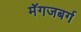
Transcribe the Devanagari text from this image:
मॅगजबर्ग